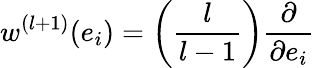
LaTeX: w^{(l+1)}(e_{i})=\left(\frac{l}{l-1}\right)\frac{\partial}{\partial e_{i}}